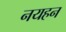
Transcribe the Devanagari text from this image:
नयहन